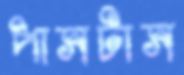
পাসটাস